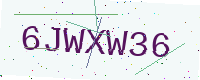
Text: 6JWXW36